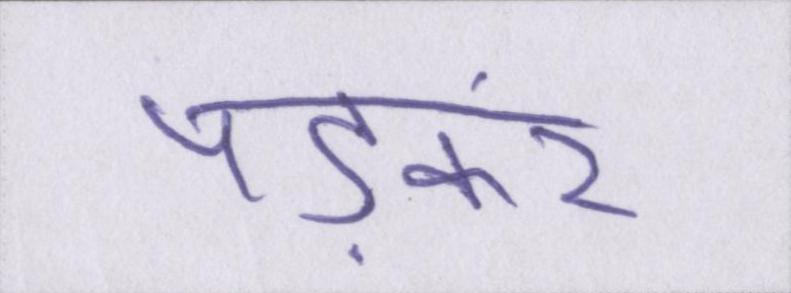
पड़कर